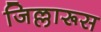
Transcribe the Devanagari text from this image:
जिल्लारूस